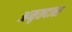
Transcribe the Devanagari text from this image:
अमृतदास